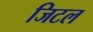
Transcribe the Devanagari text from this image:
जिटल